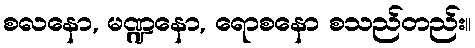
စလနော, မဏ္ဍနော, ရောစနော စသည်တည်း။